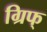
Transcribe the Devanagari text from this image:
ग्रिफ्